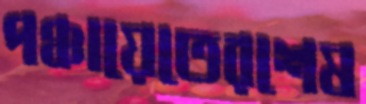
পঞ্চায়েতেরশেষ